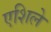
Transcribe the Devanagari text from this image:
एशिले